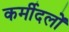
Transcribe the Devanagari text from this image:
कर्मीदलों